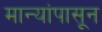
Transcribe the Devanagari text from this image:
मान्यांपासून